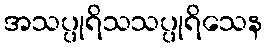
အသပ္ပုရိသသပ္ပုရိသေန